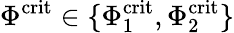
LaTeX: \Phi^{\mathrm{crit}}\in\{ \Phi_{1}^{\mathrm{crit}},\Phi_{2}^{\mathrm{crit}}\}